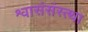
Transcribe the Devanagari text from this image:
श्वासंसंस्त्था